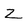
Character: Z